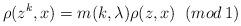
LaTeX: \begin{align*}\rho (z^{k},x)=m(k,\lambda )\rho (z,x)\; \; (mod\, 1)\end{align*}